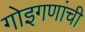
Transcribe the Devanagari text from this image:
गोइगणांची